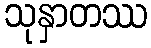
သုနှာတဿ